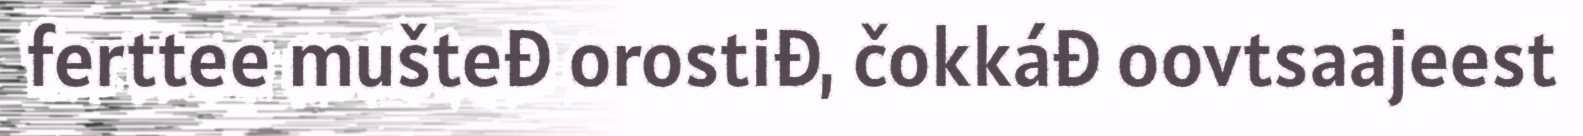
ferttee mušteđ orostiđ, čokkáđ oovtsaajeest